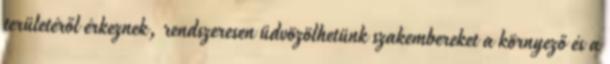
területéről érkeznek, rendszeresen üdvözölhetünk szakembereket a környező és a